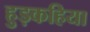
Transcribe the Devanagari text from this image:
हुड़कहिया